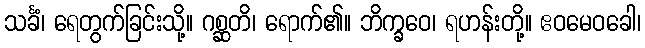
သင်္ခံ၊ ရေတွက်ခြင်းသို့။ ဂစ္ဆတိ၊ ရောက်၏။ ဘိက္ခဝေ၊ ရဟန်းတို့။ ဧဝမေဝခေါ၊